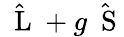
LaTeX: \hat{\mathrm{~\mathbf~L~}}+g\hat{\mathrm{~\mathbf~S~}}